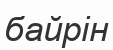
байрін